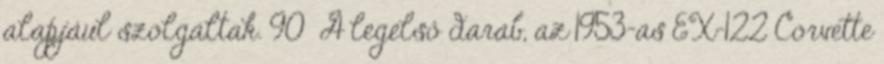
alapjául szolgáltak. 90 A legelső darab, az 1953-as EX-122 Corvette